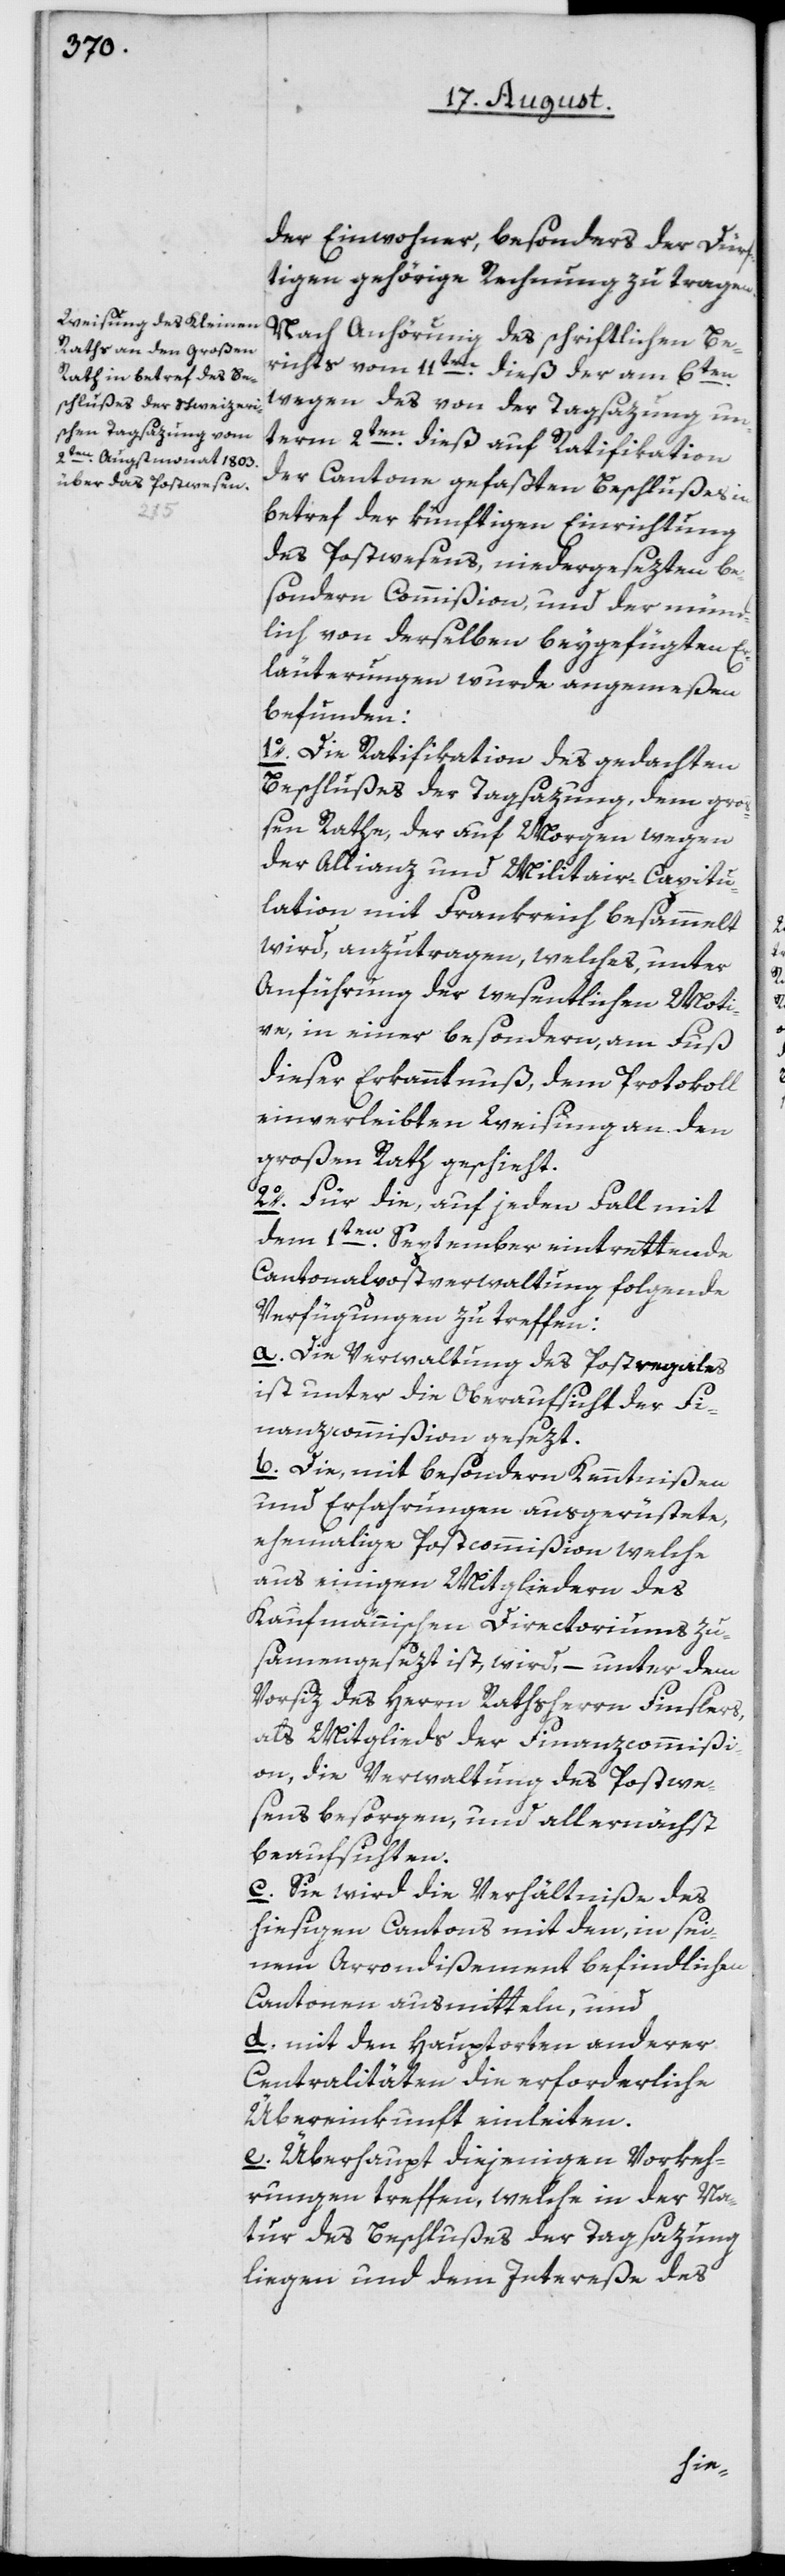
der Einwohner, besonders der Dürf¬
tigen gehörige Rechnung zu tragen.
Nach Anhörung des schriftlichen Be¬
richts vom 11ten dieß der am 6ten
wegen des von der Tagsazung un¬
term 2ten dieß auf Ratifikation
der Cantone gefaßten Beschlußes in
betref der künftigen Einrichtung
des Postwesens, niedergesezten be¬
sondern Commißion, und der münd¬
lich von derselben beygefügten Er¬
läuterungen wurde angemeßen
befunden:
1o. Die Ratifikation des gedachten
Beschlußes der Tagsazung, dem gro¬
ßen Rathe, der auf Morgen wegen
der Allianz und Militair-Capitu¬
lation mit Frankreich besammelt
wird, anzutragen, welches, unter
Anführung der wesentlichen Moti¬
ve, in einer besondern, am Fuß
dieser Erkanntnuß, dem Protokoll
einverleibten Weisung an den
großen Rath geschieht.
2o. Für die, auf jeden Fall mit
dem 1ten September eintrettende
Cantonalpostverwaltung folgende
Verfügungen zu treffen:
a. Die Verwaltung des Postregales
ist unter die Oberaufsicht der Fi¬
nanzcommißion gesezt.
b. Die, mit besondern Kenntnißen
und Erfahrungen ausgerüstete,
ehemalige Postcommißion welche
aus einigen Mitgliedern des
Kaufmännischen Directoriums zu¬
samengesezt ist, wird, – unter dem
Vorsiz des Herrn Rathsherrn Finslers,
als Mitglieds der Finanzcommißi¬
on, die Verwaltung des Postwe¬
sens besorgen, und allernächst
beaufsichten.
c. Sie wird die Verhältniße des
hiesigen Cantons mit den, in sei¬
nem Arrondißement befindlichen
Cantonen ausmitteln, und
d. mit den Hauptorten anderer
Centralitäten die erforderliche
Übereinkunft einleiten.
e. Überhaupt diejenigen Vorkeh¬
rungen treffen, welche in der Na¬
tur des Beschlußes der Tagsazung
liegen und dem Intereße des